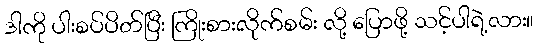
ဒါကို ပါးစပ်ပိတ်ပြီး ကြိုးစားလိုက်စမ်း လို့ ပြောဖို့ သင့်ပါရဲ့လား။